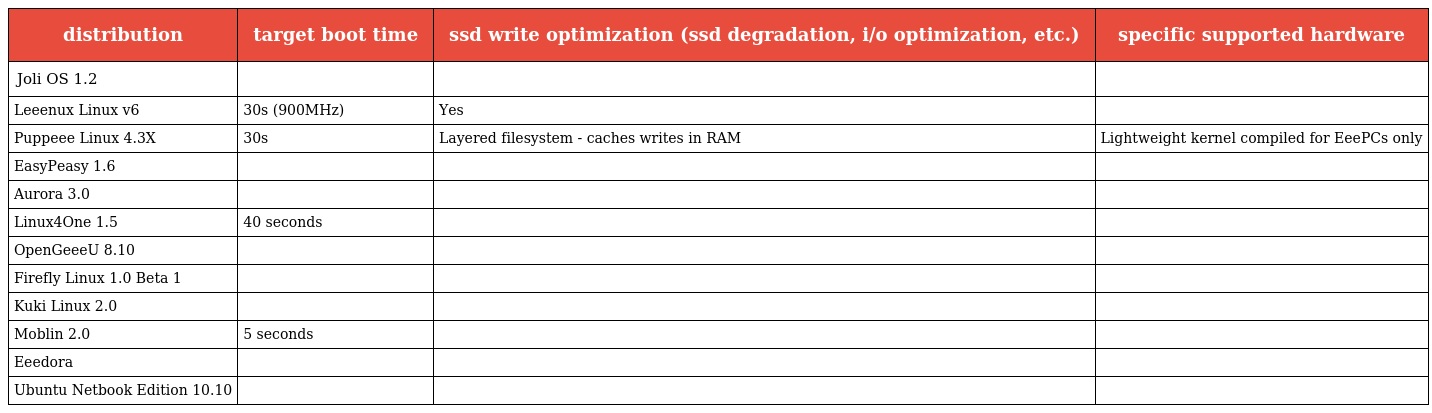
| distribution | target boot time | ssd write optimization (ssd degradation, i/o optimization, etc.) | specific supported hardware |
 | --- | --- | --- | --- |
 | Joli OS 1.2 |  |  |  |
 | Leeenux Linux v6 | 30s (900MHz) | Yes |  |
 | Puppeee Linux 4.3X | 30s | Layered filesystem - caches writes in RAM | Lightweight kernel compiled for EeePCs only |
 | EasyPeasy 1.6 |  |  |  |
 | Aurora 3.0 |  |  |  |
 | Linux4One 1.5 | 40 seconds |  |  |
 | OpenGeeeU 8.10 |  |  |  |
 | Firefly Linux 1.0 Beta 1 |  |  |  |
 | Kuki Linux 2.0 |  |  |  |
 | Moblin 2.0 | 5 seconds |  |  |
 | Eeedora |  |  |  |
 | Ubuntu Netbook Edition 10.10 |  |  |  |